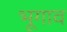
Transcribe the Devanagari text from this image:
भूगाव